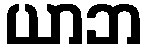
ယာဘ